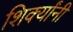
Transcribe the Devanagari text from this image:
शिर्क्यांनी